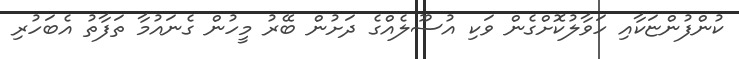
ކުންފުންޏަކާއި ހަވާލުކޮށްގެން ވަކި އުސޫލެއްގެ ދަށުން ބޭރު މީހުން ގެނައުމާ ތަފާތު އެބަހުރި